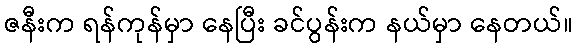
ဇနီးက ရန်ကုန်မှာ နေပြီး ခင်ပွန်းက နယ်မှာ နေတယ်။